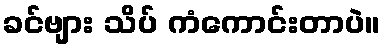
ခင်ဗျား သိပ် ကံကောင်းတာပဲ။